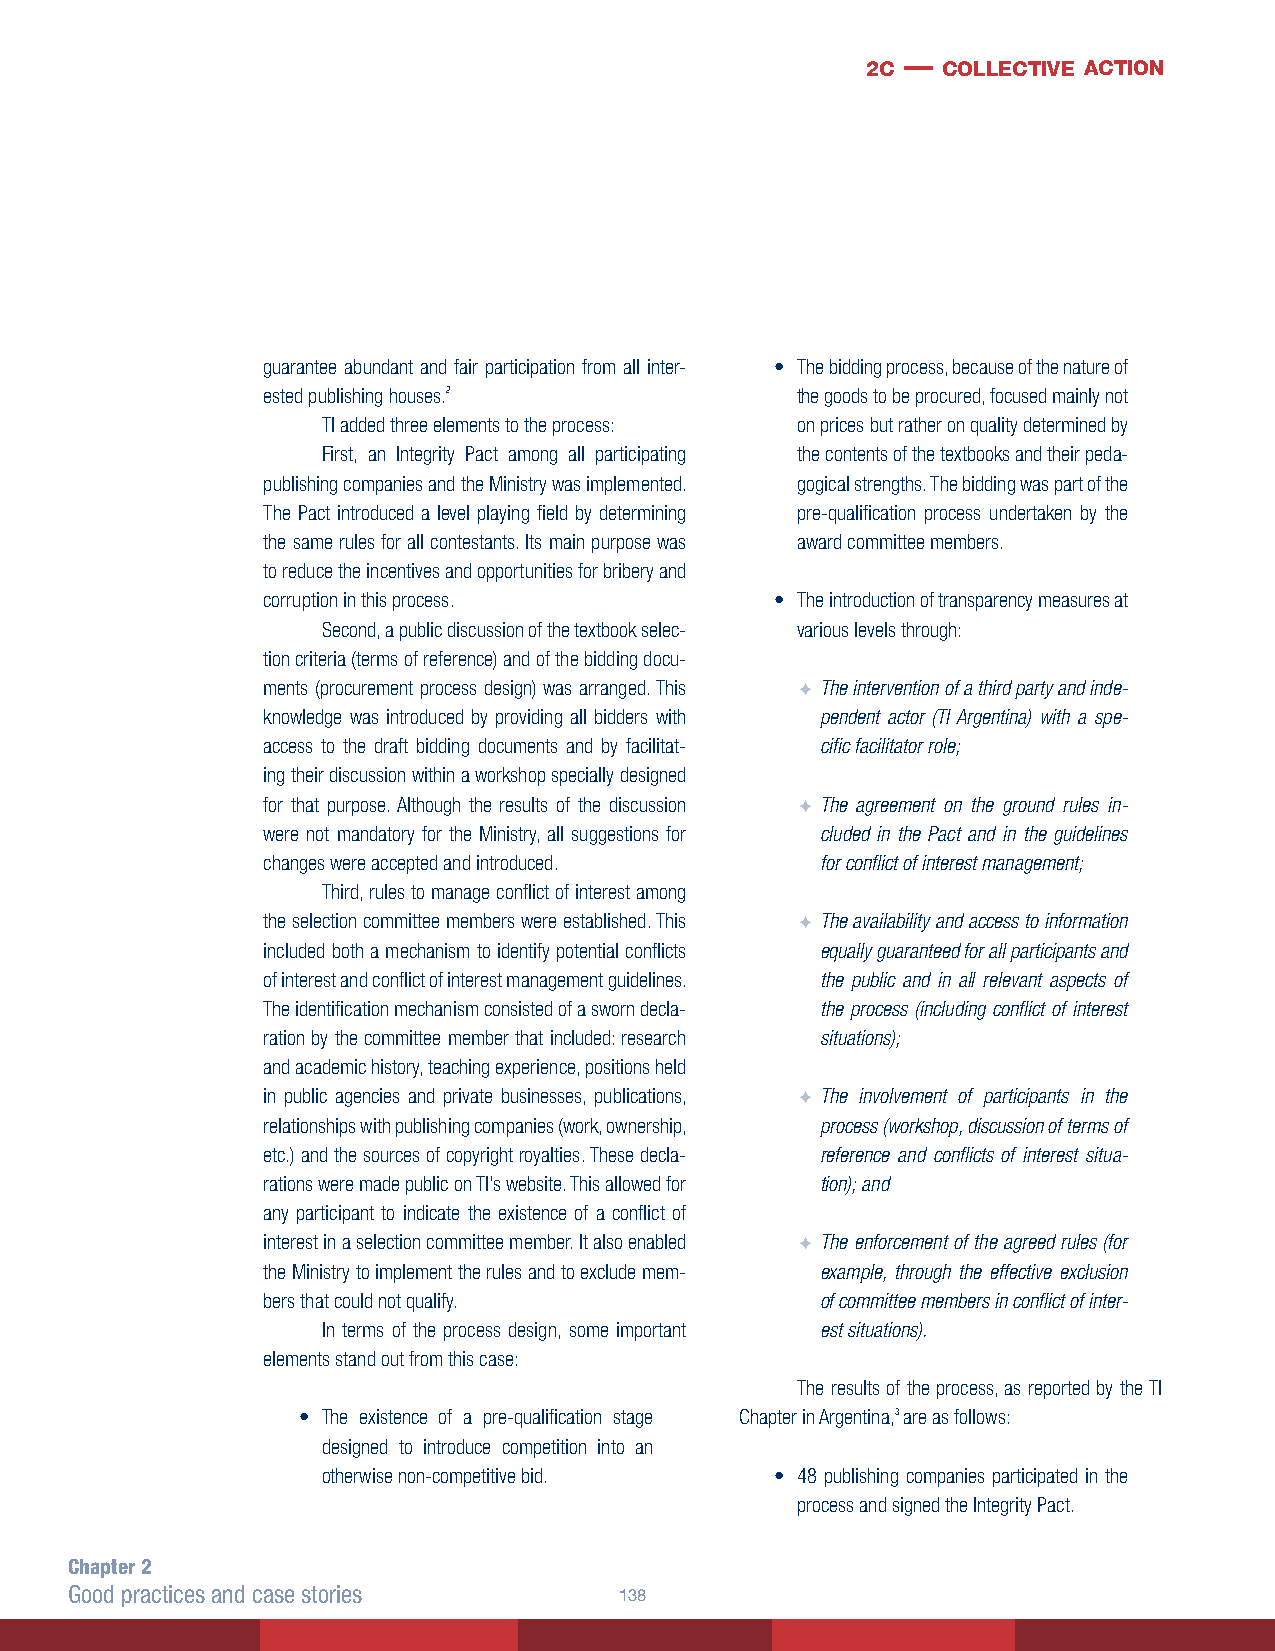
2c — collective action
 guarantee abundant and fair participation from all inter- • The bidding process, because of the nature of
 ested publishing houses.2           the goods to be procured, focused mainly not
 TI added three elements to the process: on prices but rather on quality determined by
 First, an Integrity Pact among all participating the contents of the textbooks and their peda-
 publishing companies and the Ministry was implemented. gogical strengths. The bidding was part of the
 The Pact introduced a level playing field by determining pre-qualification process undertaken by the
 the same rules for all contestants. Its main purpose was award committee members.
 to reduce the incentives and opportunities for bribery and
 corruption in this process.       • The introduction of transparency measures at
 Second, a public discussion of the textbook selec- various levels through:
 tion criteria (terms of reference) and of the bidding docu-
 ments (procurement process design) was arranged. This F The intervention of a third party and inde-
 knowledge was introduced by providing all bidders with pendent actor (TI Argentina) with a spe-
 access to the draft bidding documents and by facilitat- cific facilitator role;
 ing their discussion within a workshop specially designed
 for that purpose. Although the results of the discussion F The agreement on the ground rules in-
 were not mandatory for the Ministry, all suggestions for cluded in the Pact and in the guidelines
 changes were accepted and introduced. for conflict of interest management;
 Third, rules to manage conflict of interest among
 the selection committee members were established. This F The availability and access to information
 included both a mechanism to identify potential conflicts equally guaranteed for all participants and
 of interest and conflict of interest management guidelines. the public and in all relevant aspects of
 The identification mechanism consisted of a sworn decla- the process (including conflict of interest
 ration by the committee member that included: research situations);
 and academic history, teaching experience, positions held
 in public agencies and private businesses, publications, F The involvement of participants in the
 relationships with publishing companies (work, ownership, process (workshop, discussion of terms of
 etc.) and the sources of copyright royalties. These decla- reference and conflicts of interest situa-
 rations were made public on TI’s website. This allowed for tion); and
 any participant to indicate the existence of a conflict of
 interest in a selection committee member. It also enabled F The enforcement of the agreed rules (for
 the Ministry to implement the rules and to exclude mem- example, through the effective exclusion
 bers that could not qualify.         of committee members in conflict of inter-
 In terms of the process design, some important est situations).
 elements stand out from this case:
 The results of the process, as reported by the TI
 • The existence of a pre-qualification stage Chapter in Argentina,3 are as follows:
 designed to introduce competition into an
 otherwise non-competitive bid. • 48 publishing companies participated in the
 process and signed the Integrity Pact.
 Chapter 2
 Good practices and case stories     138